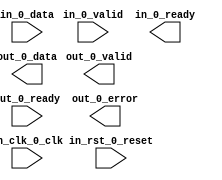
// soc_system_mm_interconnect_0_avalon_st_adapter_003.v

// This file was auto-generated from altera_avalon_st_adapter_hw.tcl.  If you edit it your changes
// will probably be lost.
// 
// Generated using ACDS version 20.1 711

`timescale 1 ps / 1 ps
module soc_system_mm_interconnect_0_avalon_st_adapter_003 #(
		parameter inBitsPerSymbol = 66,
		parameter inUsePackets    = 0,
		parameter inDataWidth     = 66,
		parameter inChannelWidth  = 0,
		parameter inErrorWidth    = 0,
		parameter inUseEmptyPort  = 0,
		parameter inUseValid      = 1,
		parameter inUseReady      = 1,
		parameter inReadyLatency  = 0,
		parameter outDataWidth    = 66,
		parameter outChannelWidth = 0,
		parameter outErrorWidth   = 1,
		parameter outUseEmptyPort = 0,
		parameter outUseValid     = 1,
		parameter outUseReady     = 1,
		parameter outReadyLatency = 0
	) (
		input  wire        in_clk_0_clk,   // in_clk_0.clk
		input  wire        in_rst_0_reset, // in_rst_0.reset
		input  wire [65:0] in_0_data,      //     in_0.data
		input  wire        in_0_valid,     //         .valid
		output wire        in_0_ready,     //         .ready
		output wire [65:0] out_0_data,     //    out_0.data
		output wire        out_0_valid,    //         .valid
		input  wire        out_0_ready,    //         .ready
		output wire [0:0]  out_0_error     //         .error
	);

	generate
		// If any of the display statements (or deliberately broken
		// instantiations) within this generate block triggers then this module
		// has been instantiated this module with a set of parameters different
		// from those it was generated for.  This will usually result in a
		// non-functioning system.
		if (inBitsPerSymbol != 66)
		begin
			initial begin
				$display("Generated module instantiated with wrong parameters");
				$stop;
			end
			instantiated_with_wrong_parameters_error_see_comment_above
					inbitspersymbol_check ( .error(1'b1) );
		end
		if (inUsePackets != 0)
		begin
			initial begin
				$display("Generated module instantiated with wrong parameters");
				$stop;
			end
			instantiated_with_wrong_parameters_error_see_comment_above
					inusepackets_check ( .error(1'b1) );
		end
		if (inDataWidth != 66)
		begin
			initial begin
				$display("Generated module instantiated with wrong parameters");
				$stop;
			end
			instantiated_with_wrong_parameters_error_see_comment_above
					indatawidth_check ( .error(1'b1) );
		end
		if (inChannelWidth != 0)
		begin
			initial begin
				$display("Generated module instantiated with wrong parameters");
				$stop;
			end
			instantiated_with_wrong_parameters_error_see_comment_above
					inchannelwidth_check ( .error(1'b1) );
		end
		if (inErrorWidth != 0)
		begin
			initial begin
				$display("Generated module instantiated with wrong parameters");
				$stop;
			end
			instantiated_with_wrong_parameters_error_see_comment_above
					inerrorwidth_check ( .error(1'b1) );
		end
		if (inUseEmptyPort != 0)
		begin
			initial begin
				$display("Generated module instantiated with wrong parameters");
				$stop;
			end
			instantiated_with_wrong_parameters_error_see_comment_above
					inuseemptyport_check ( .error(1'b1) );
		end
		if (inUseValid != 1)
		begin
			initial begin
				$display("Generated module instantiated with wrong parameters");
				$stop;
			end
			instantiated_with_wrong_parameters_error_see_comment_above
					inusevalid_check ( .error(1'b1) );
		end
		if (inUseReady != 1)
		begin
			initial begin
				$display("Generated module instantiated with wrong parameters");
				$stop;
			end
			instantiated_with_wrong_parameters_error_see_comment_above
					inuseready_check ( .error(1'b1) );
		end
		if (inReadyLatency != 0)
		begin
			initial begin
				$display("Generated module instantiated with wrong parameters");
				$stop;
			end
			instantiated_with_wrong_parameters_error_see_comment_above
					inreadylatency_check ( .error(1'b1) );
		end
		if (outDataWidth != 66)
		begin
			initial begin
				$display("Generated module instantiated with wrong parameters");
				$stop;
			end
			instantiated_with_wrong_parameters_error_see_comment_above
					outdatawidth_check ( .error(1'b1) );
		end
		if (outChannelWidth != 0)
		begin
			initial begin
				$display("Generated module instantiated with wrong parameters");
				$stop;
			end
			instantiated_with_wrong_parameters_error_see_comment_above
					outchannelwidth_check ( .error(1'b1) );
		end
		if (outErrorWidth != 1)
		begin
			initial begin
				$display("Generated module instantiated with wrong parameters");
				$stop;
			end
			instantiated_with_wrong_parameters_error_see_comment_above
					outerrorwidth_check ( .error(1'b1) );
		end
		if (outUseEmptyPort != 0)
		begin
			initial begin
				$display("Generated module instantiated with wrong parameters");
				$stop;
			end
			instantiated_with_wrong_parameters_error_see_comment_above
					outuseemptyport_check ( .error(1'b1) );
		end
		if (outUseValid != 1)
		begin
			initial begin
				$display("Generated module instantiated with wrong parameters");
				$stop;
			end
			instantiated_with_wrong_parameters_error_see_comment_above
					outusevalid_check ( .error(1'b1) );
		end
		if (outUseReady != 1)
		begin
			initial begin
				$display("Generated module instantiated with wrong parameters");
				$stop;
			end
			instantiated_with_wrong_parameters_error_see_comment_above
					outuseready_check ( .error(1'b1) );
		end
		if (outReadyLatency != 0)
		begin
			initial begin
				$display("Generated module instantiated with wrong parameters");
				$stop;
			end
			instantiated_with_wrong_parameters_error_see_comment_above
					outreadylatency_check ( .error(1'b1) );
		end
	endgenerate


endmodule